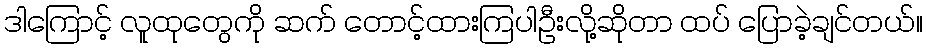
ဒါကြောင့် လူထုတွေကို ဆက် တောင့်ထားကြပါဦးလို့ဆိုတာ ထပ် ပြောခဲ့ချင်တယ်။